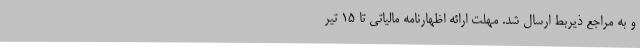
و به مراجع ذیربط ارسال شد. مهلت ارائه اظهارنامه مالیاتی تا ۱۵ تیر